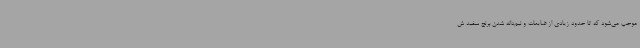
موجب می‌شود که تا حدود زیادی از ضایعات و نیم‌دانه شدن برنج سفید ش